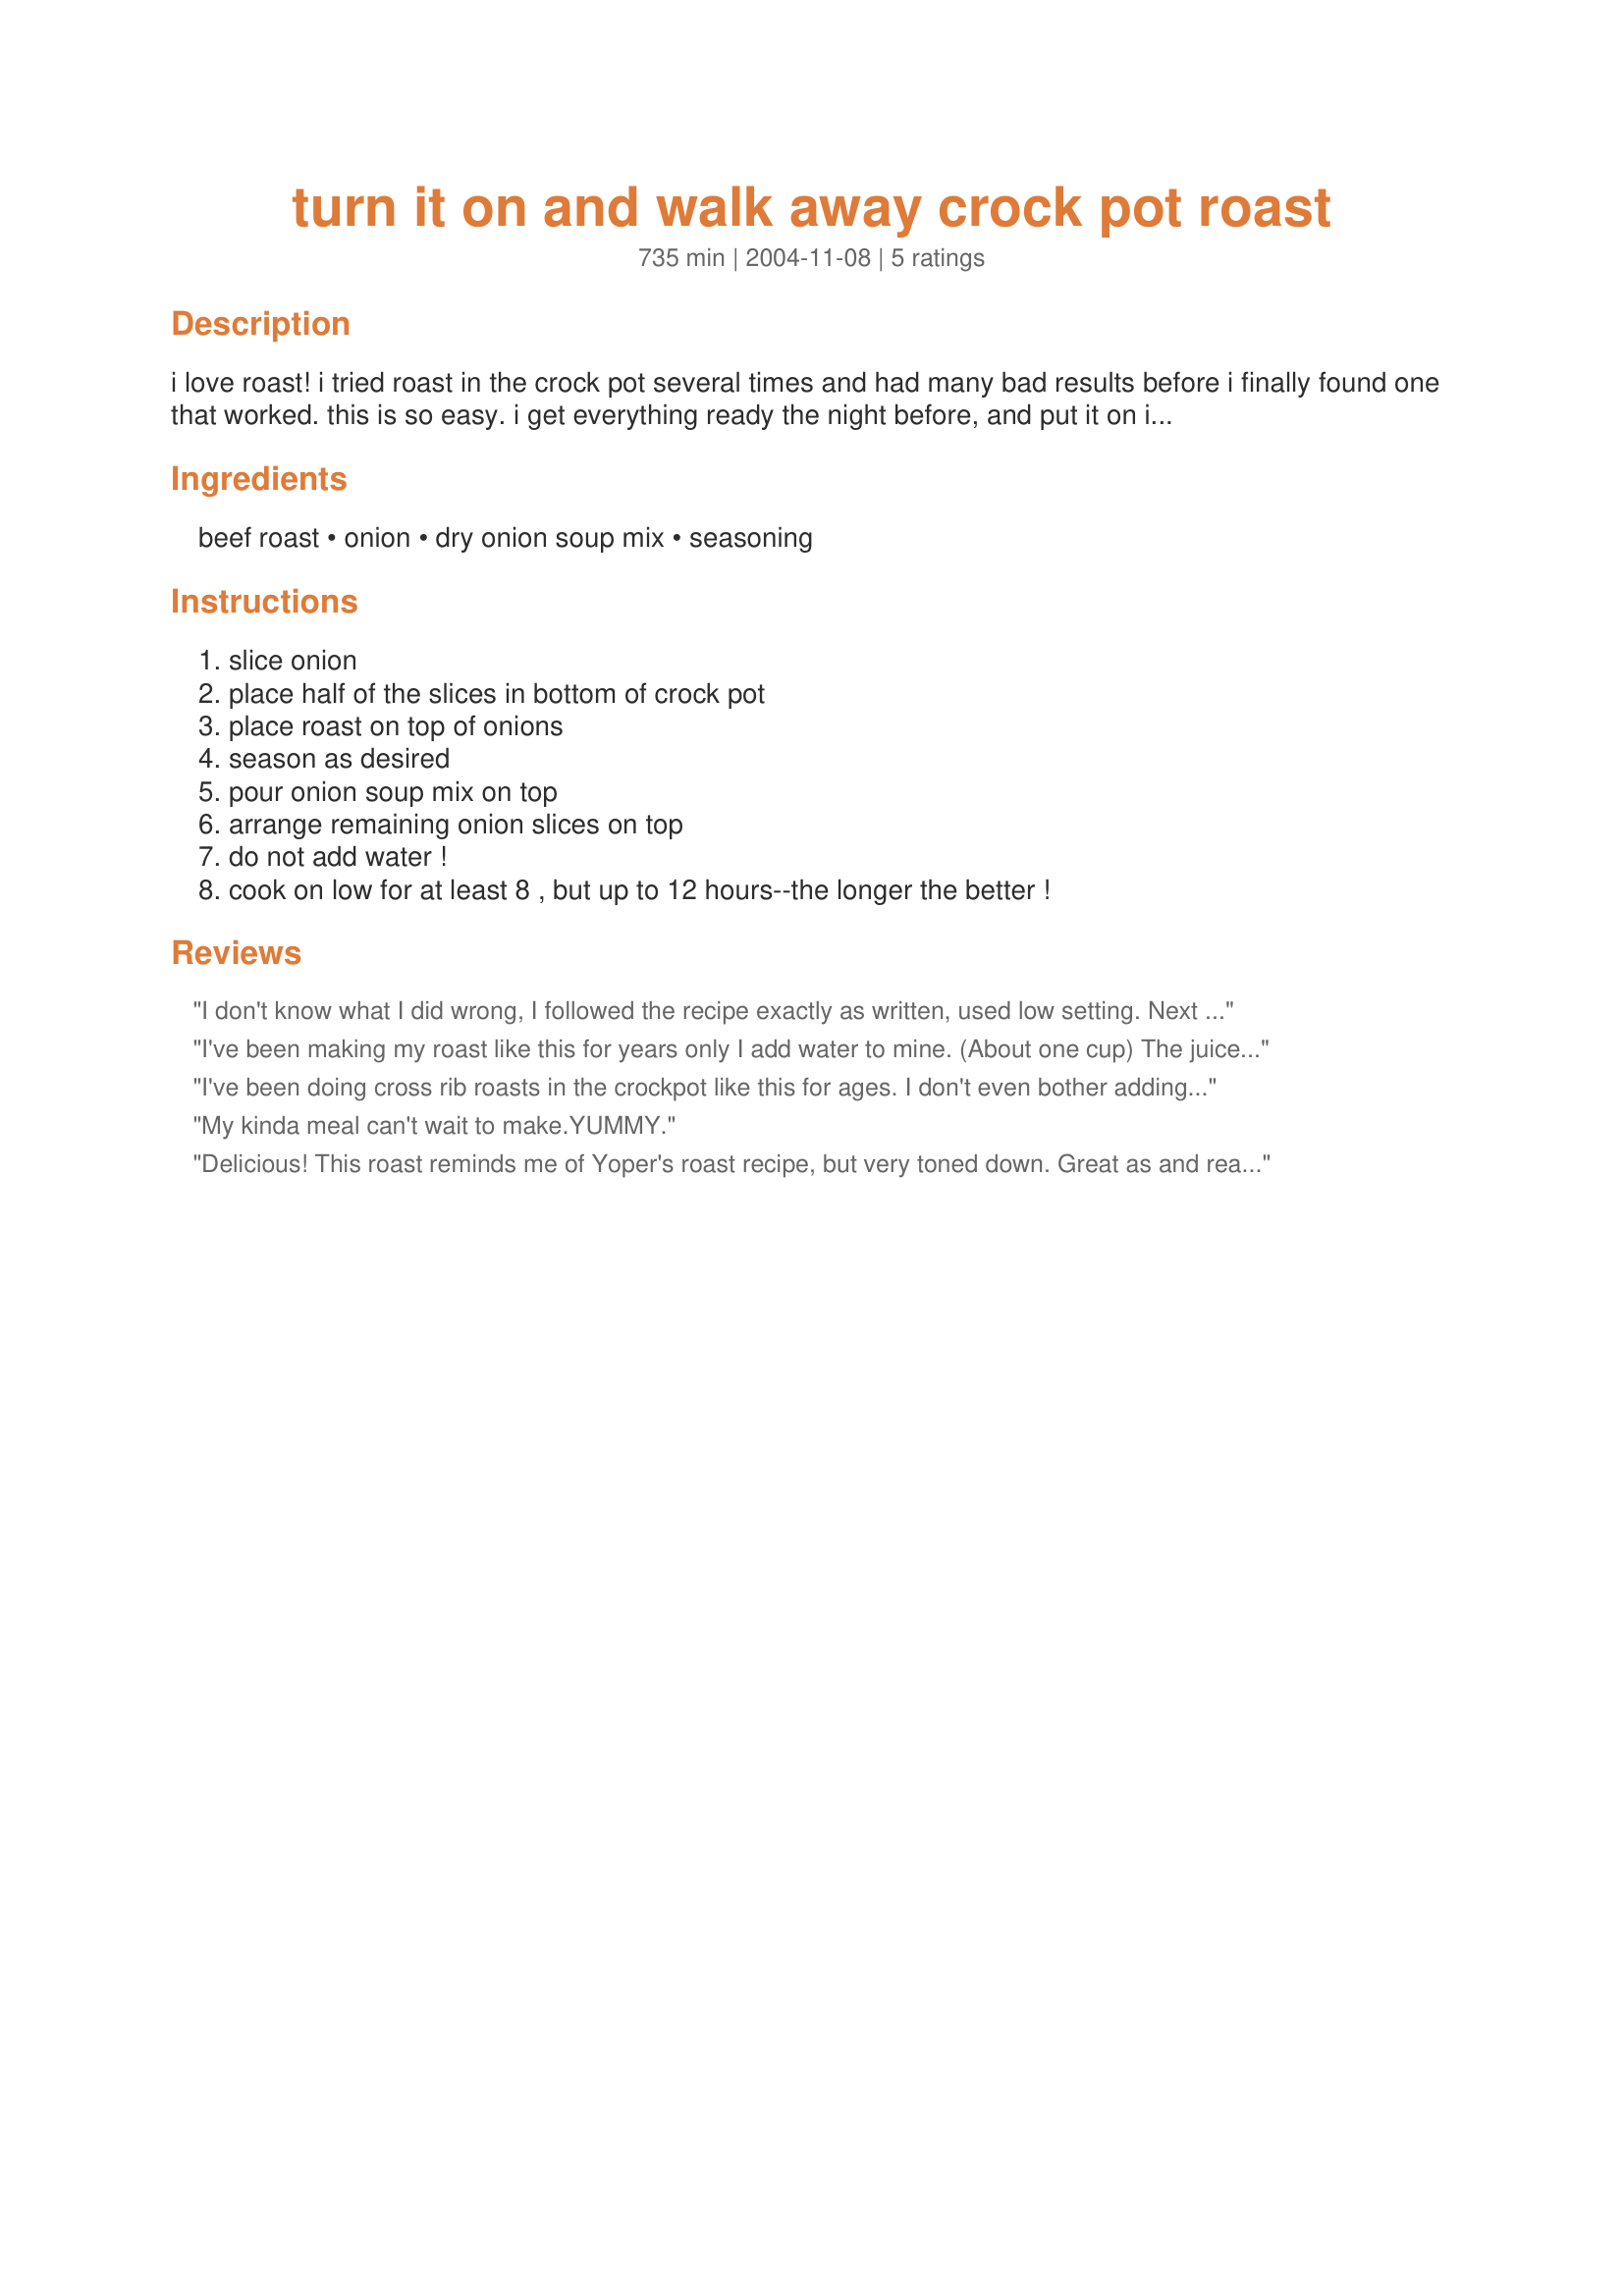
turn it on and walk away crock pot roast
Preparation time: 735 minutes

i love roast! i tried roast in the crock pot several times and had many bad results before i finally found one that worked. this is so easy. i get everything ready the night before, and put it on in the morning. it's great if you work all day, because it's done when you get home. the longer you cook it, the more tender it is!

Ingredients:
beef roast, onion, dry onion soup mix, seasoning

Steps:
slice onion, place half of the slices in bottom of crock pot, place roast on top of onions, season as desired, pour onion soup mix on top, arrange remaining onion slices on top, do not add water !, cook on low for at least 8 , but up to 12 hours--the longer the better !

Reviews:
I don't know what I did wrong, I followed the recipe exactly as written, used low setting. Next morning at 7am after turning it on at 10pm, the roast was black and tough. The onions burned black. Roast had to be thrown out.
I've been making my roast like this for years only I add water to mine. (About one cup) The juice is a nice addition to rice or potatos. It isn't always easy to pick out a nice roast, so adding the water can help a tough roast be more tender. (New potatos from a can, corn, carrots, and green beans are nice in this too. Just add to the crock pot at least 1 to 2 hours before serving. )
I've been doing cross rib roasts in the crockpot like this for ages. I don't even bother adding the onion. I often add some dry spices (garlic, oregano etc) to the soup mix then sprinkle over the roast. It is amazing how much and how flavourful a gravy this produces. I'm glad you posted this for others. I thought it was too simple to do. Good for you Carrie.
My kinda meal can't wait to make.YUMMY.
Delicious! This roast reminds me of Yoper's roast recipe, but very toned down. Great as and really good leftovers. Thanks for sharing.
